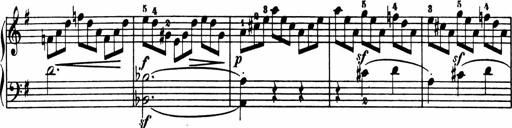
Title: Sonatina in G major
Composer: Friedrich Kuhlau
Key: G major